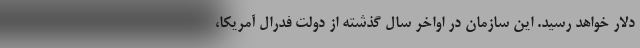
دلار خواهد رسید. این سازمان در اواخر سال گذشته از دولت فدرال آمریکا،